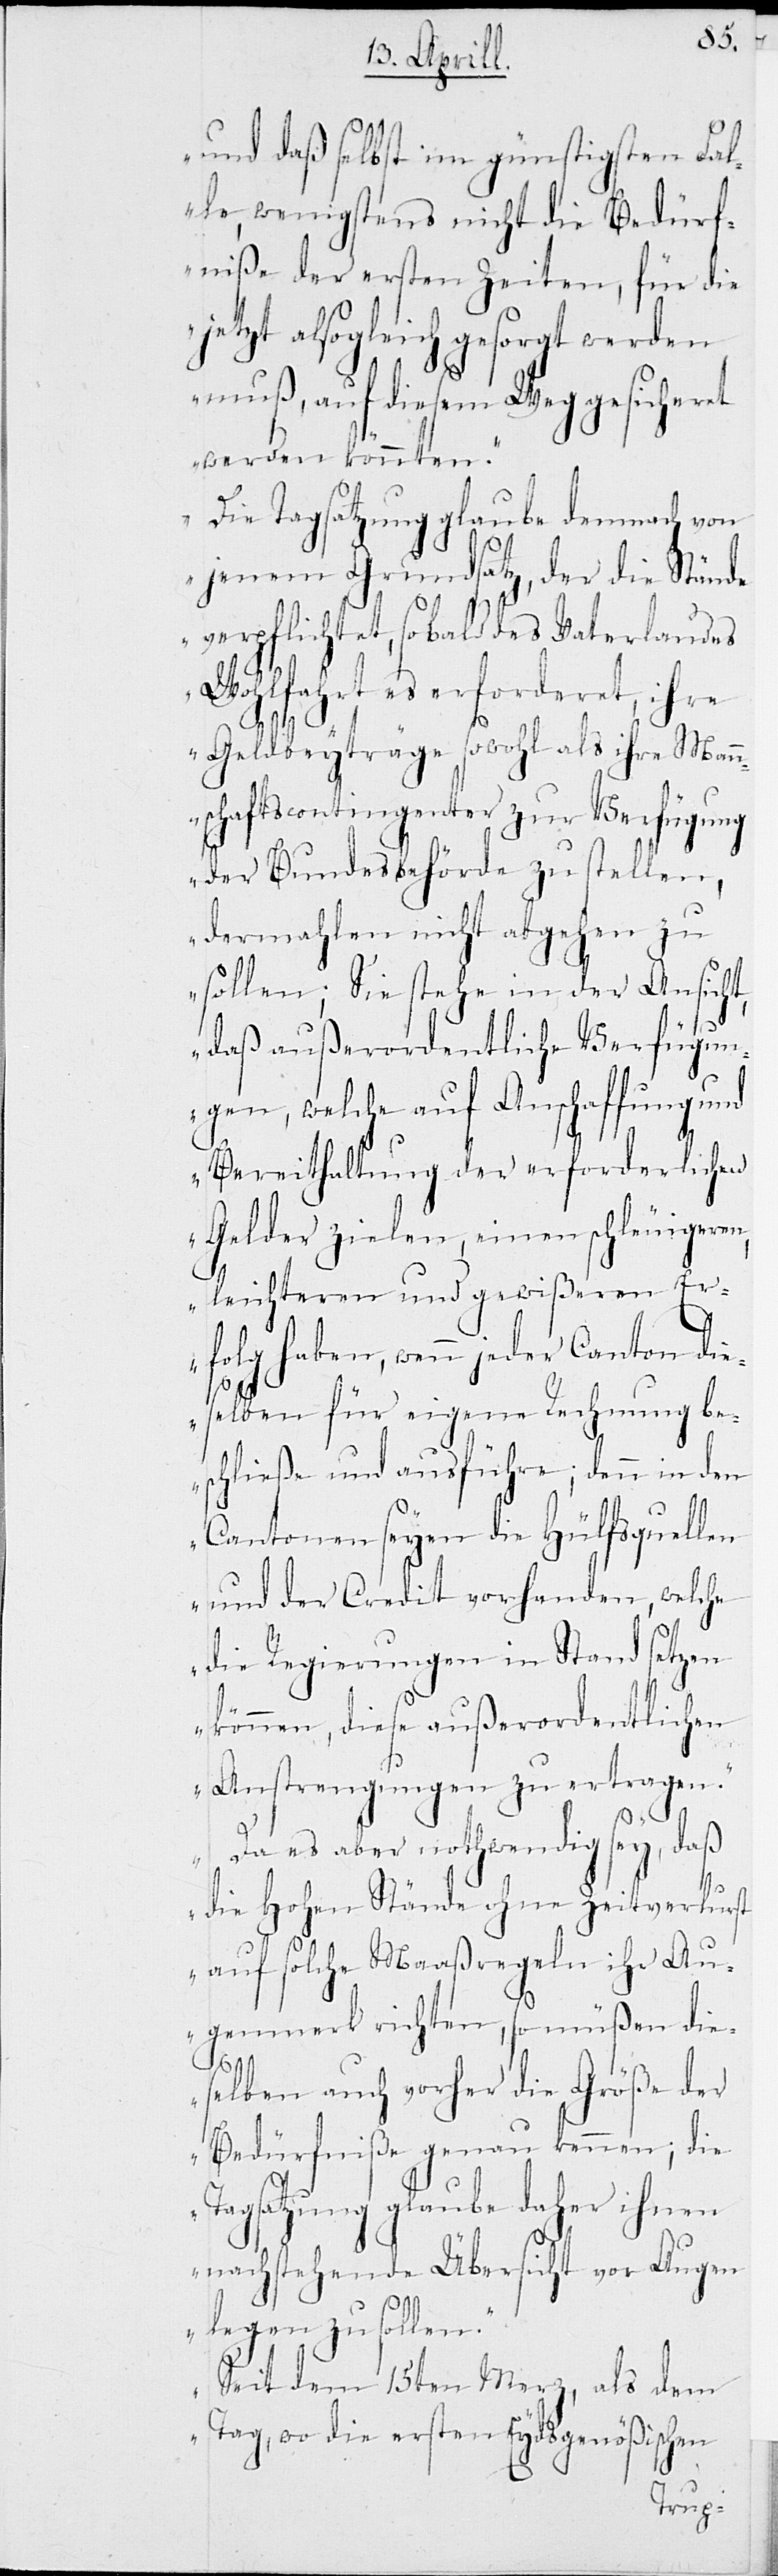
und daß selbst im günstigsten Fal¬
le, wenigstens nicht die Bedürf¬
niße der ersten Zeiten, für die
jetzt alsogleich gesorgt werden
muß, auf diesem Weg gesicheret
werden könnten.
Die Tagsatzung glaube demnach von
jenem Grundsatz, der die Stände
verpflichtet, sobald des Vaterlandes
Wohlfahrt es erforderet, ihre
Geldbeyträge sowohl als ihre Mann¬
schaftscontingenter zur Verfügung
der Bundesbehörde zu stellen,
dermahlen nicht abgehen zu
sollen; Sie stehe in der Ansicht,
st
daß außerordentliche Verfügun¬
gen, welche auf Anschaffung und
Bereithaltung der erforderlichen
Gelder zielen, einen schleunigen,
leichteren und gewißeren Er¬
folg haben, wenn jeder Canton di¬
eselben für eigene Rechnung be¬
schließe und ausführe, denn in den
Cantonen seyen die Hülfsquell¬
en und der Credit vorhanden, welche
die Regierungen in Stand setzen
können, diese außerordentlichen
Anstrengungen zu ertragen.
Da es aber nothwendig sey, daß
die Hohen Stände ohne Zeitverlu¬
auf solche Maaßregeln ihr Au¬
genmerk richten, so müßen die¬
selben auch vorher die Größe der
Bedürfniße genau kennen; die
Tagsatzung glaube daher ihnen
nachstehende Übersicht vor Augen
legen zu sollen.
Seit dem 15ten Merz, als dem
Tag, wo die ersten Eydsgenößischen